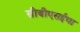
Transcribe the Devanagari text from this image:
सीबीएसईचा